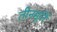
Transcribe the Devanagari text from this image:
तीनमूर्ति